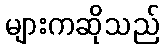
များကဆိုသည်